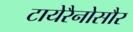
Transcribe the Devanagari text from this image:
टायेरैनोसौर